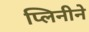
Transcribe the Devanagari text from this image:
प्लिनीने